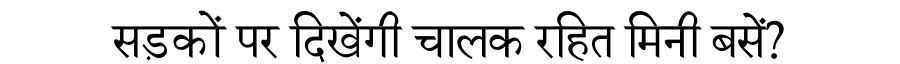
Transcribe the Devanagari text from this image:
सड़कों पर दिखेंगी चालक रहित मिनी बसें?